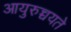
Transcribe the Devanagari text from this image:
आयुरुच्चयते